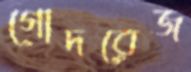
গোদরেজ